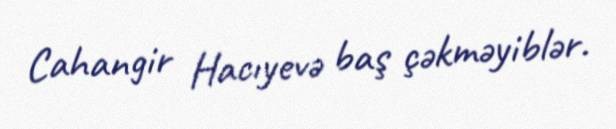
Cahangir Hacıyevə baş çəkməyiblər.